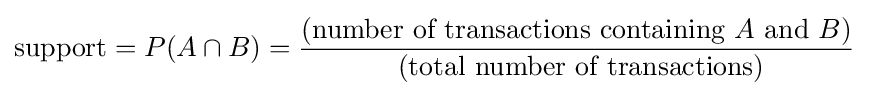
{\text{support}}=P(A\cap B)={\frac {({\text{number of transactions containing }}A{\text{ and }}B)}{\text{ (total number of transactions)}}}